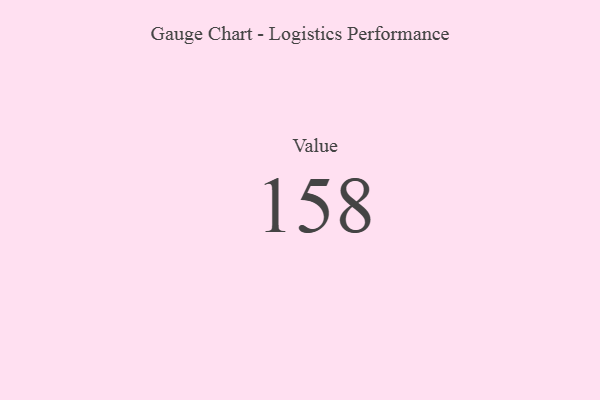
{"axis": {"x": "Metric", "y": "Value"}, "legend": [""], "data": [{"x": "Value", "y": 158, "type": ""}]}